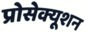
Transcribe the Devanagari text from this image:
प्रोसेक्यूशन